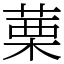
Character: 䔁